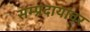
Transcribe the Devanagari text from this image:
सम्प्रदायांवर